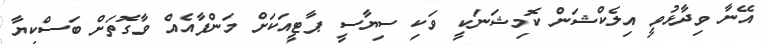
އޭނާ ވިދާޅުވީ އިލެކްޝަން ކޮމިޝަނަކީ ވަކި ސިޔާސީ ޕާޓީއަކަށް މަންފާއެއް ވާގޮތަށް ބަސްކިޔާ